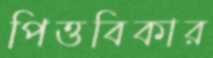
পিত্তবিকার